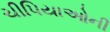
ચીપિયાઓની